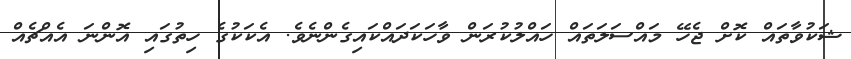
ޝަކުވާތައް ކޮށް ޖެހޭ މައްސަލަތައް ހައްލުކުރަން ވާހަކަދައްކައިގެންނެވެ. އެކަކުގެ ހިތުގައި އޮންނަ އެއްޗެއް